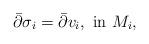
LaTeX: \begin{align*}\bar{\partial}\sigma_i=\bar{\partial}v_i, ~{\rm in}~ M_{i}, \end{align*}